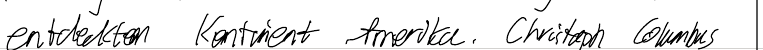
entdeckten Kontinent Amerika. Christoph Columbus